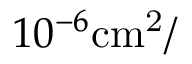
1 0 ^ { - 6 } \mathrm { { c m } ^ { 2 } / }